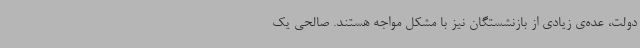
دولت، عده‌ی زیادی از بازنشستگان نیز با مشکل مواجه هستند. صالحی یک